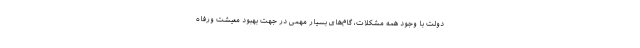
دولت با وجود همه مشکلات، گام‌های بسیار مهمی در جهت بهبود معیشت ورفاه